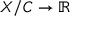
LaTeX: X / C \to \mathbb { R }